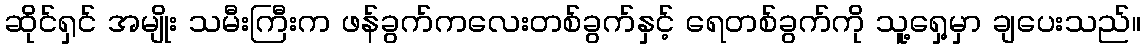
ဆိုင်ရှင် အမျိုး သမီးကြီးက ဖန်ခွက်ကလေးတစ်ခွက်နှင့် ရေတစ်ခွက်ကို သူ့ရှေ့မှာ ချပေးသည်။